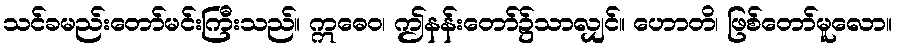
သင်ခမည်းတော်မင်းကြီးသည်။ ဣဓေဝ၊ ဤနန်းတော်၌သာလျှင်။ ဟောတိ၊ ဖြစ်တော်မူလော။